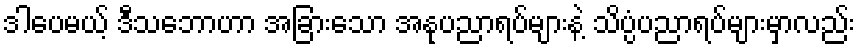
ဒါပေမယ့် ဒီသဘောဟာ အခြားသော အနုပညာရပ်များနဲ့ သိပ္ပံပညာရပ်များမှာလည်း